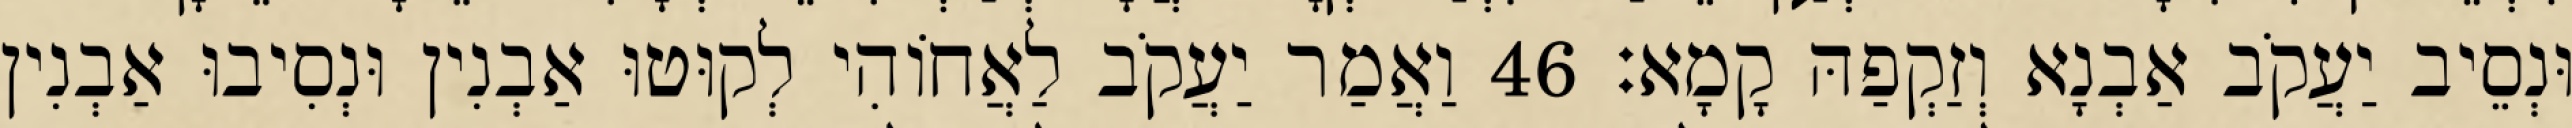
וּנְסֵיב יַעֲקֹב אַבְנָא וְזַקְפַהּ קָמָא׃ 46 וַאֲמַר יַעֲקֹב לַאֲחוֹהִי לְקוּטוּ אַבְנִין וּנְסִיבוּ אַבְנִין